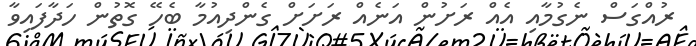
ރުއްގަސް ނެގުމާއި އެއް ރަށުން އަނެއް ރަށަށް ގެންދިއުމާ ބެހޭ ގޮތުން ހަދާފައިވާ